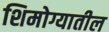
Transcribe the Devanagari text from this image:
शिमोग्यातील